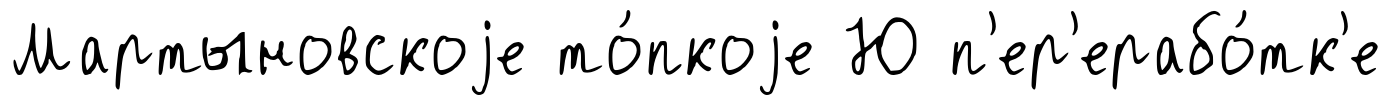
Мартыновскоjе то́пкоjе Ю п'ер'ерабо́тк'е